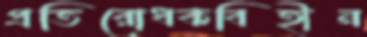
প্রতিরোধকবিহীন